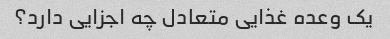
یک وعده غذایی متعادل چه اجزایی دارد؟